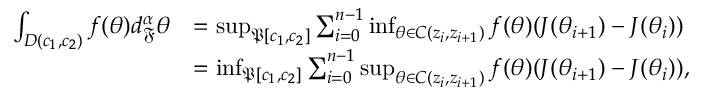
\begin{array} { r l } { \int _ { D ( c _ { 1 } , c _ { 2 } ) } f ( \theta ) d _ { \mathfrak { F } } ^ { \alpha } \theta } & { = \operatorname* { s u p } _ { \mathfrak { P } [ c _ { 1 } , c _ { 2 } ] } \sum _ { i = 0 } ^ { n - 1 } \operatorname* { i n f } _ { \theta \in C ( z _ { i } , z _ { i + 1 } ) } f ( \theta ) ( J ( \theta _ { i + 1 } ) - J ( \theta _ { i } ) ) } \\ & { = \operatorname* { i n f } _ { \mathfrak { P } [ c _ { 1 } , c _ { 2 } ] } \sum _ { i = 0 } ^ { n - 1 } \operatorname* { s u p } _ { \theta \in C ( z _ { i } , z _ { i + 1 } ) } f ( \theta ) ( J ( \theta _ { i + 1 } ) - J ( \theta _ { i } ) ) , } \end{array}